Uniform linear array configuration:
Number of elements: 16
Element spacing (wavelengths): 0.25
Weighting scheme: cosine
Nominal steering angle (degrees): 60
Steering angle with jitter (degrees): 58.928
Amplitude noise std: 0.05
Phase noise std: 0.05

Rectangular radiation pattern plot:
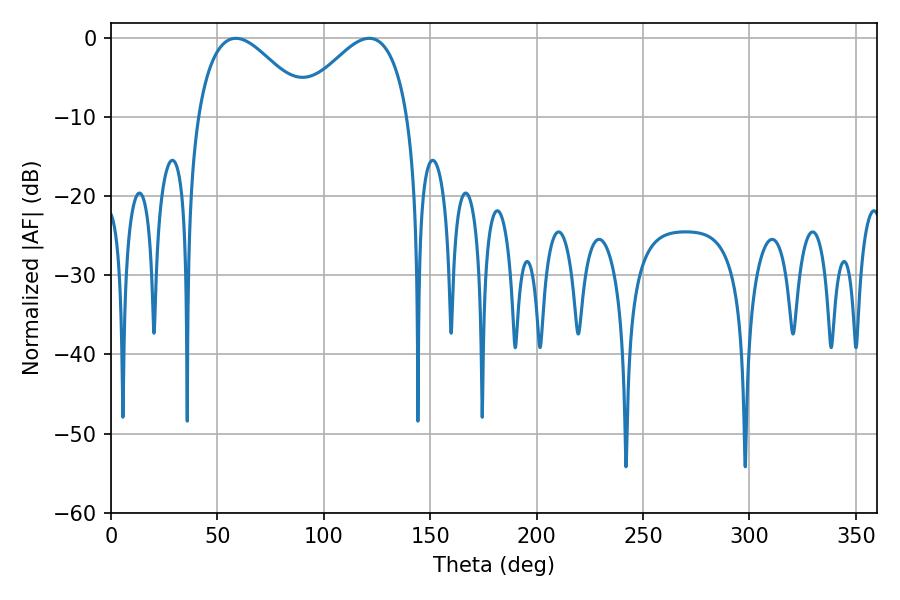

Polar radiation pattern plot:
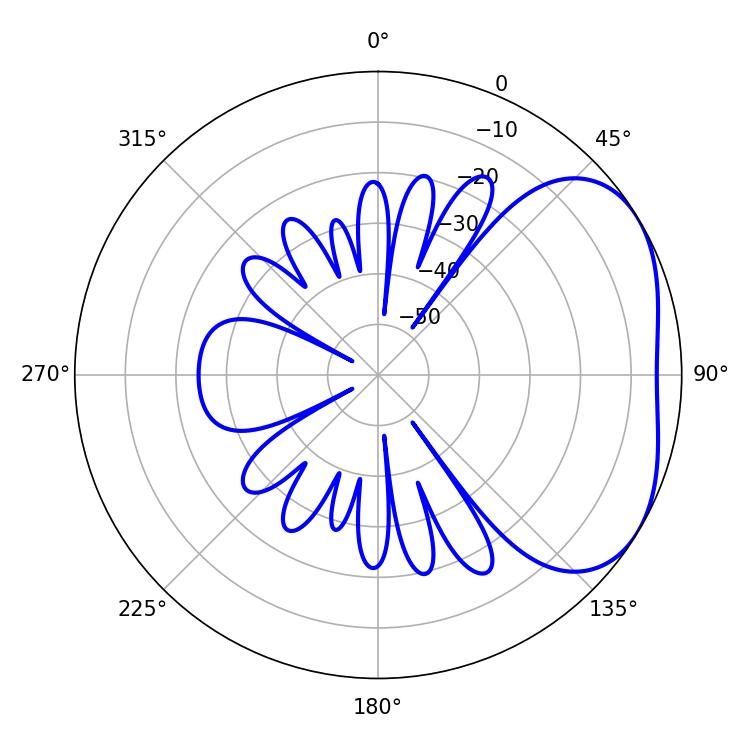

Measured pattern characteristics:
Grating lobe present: FALSE
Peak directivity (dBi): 3.361
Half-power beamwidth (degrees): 28.44
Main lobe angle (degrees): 58.68